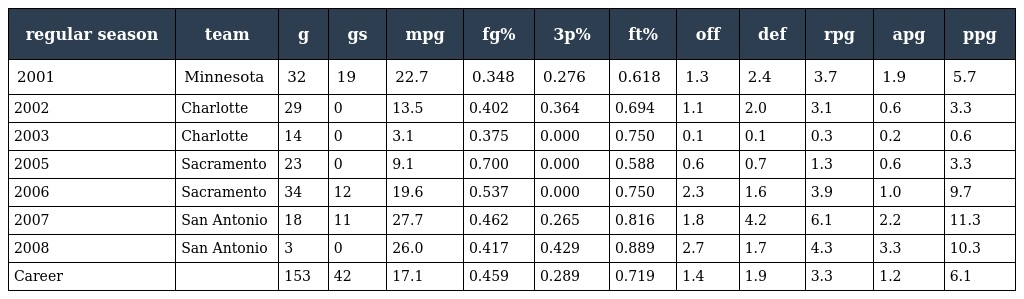
| regular season | team | g | gs | mpg | fg% | 3p% | ft% | off | def | rpg | apg | ppg |
 | --- | --- | --- | --- | --- | --- | --- | --- | --- | --- | --- | --- | --- |
 | 2001 | Minnesota | 32 | 19 | 22.7 | 0.348 | 0.276 | 0.618 | 1.3 | 2.4 | 3.7 | 1.9 | 5.7 |
 | 2002 | Charlotte | 29 | 0 | 13.5 | 0.402 | 0.364 | 0.694 | 1.1 | 2.0 | 3.1 | 0.6 | 3.3 |
 | 2003 | Charlotte | 14 | 0 | 3.1 | 0.375 | 0.000 | 0.750 | 0.1 | 0.1 | 0.3 | 0.2 | 0.6 |
 | 2005 | Sacramento | 23 | 0 | 9.1 | 0.700 | 0.000 | 0.588 | 0.6 | 0.7 | 1.3 | 0.6 | 3.3 |
 | 2006 | Sacramento | 34 | 12 | 19.6 | 0.537 | 0.000 | 0.750 | 2.3 | 1.6 | 3.9 | 1.0 | 9.7 |
 | 2007 | San Antonio | 18 | 11 | 27.7 | 0.462 | 0.265 | 0.816 | 1.8 | 4.2 | 6.1 | 2.2 | 11.3 |
 | 2008 | San Antonio | 3 | 0 | 26.0 | 0.417 | 0.429 | 0.889 | 2.7 | 1.7 | 4.3 | 3.3 | 10.3 |
 | Career |  | 153 | 42 | 17.1 | 0.459 | 0.289 | 0.719 | 1.4 | 1.9 | 3.3 | 1.2 | 6.1 |